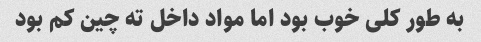
به طور کلی خوب بود اما مواد داخل ته چین کم بود